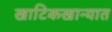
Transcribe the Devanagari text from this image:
खाटिकखान्यात